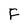
Character: F